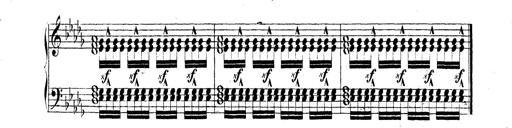
Title: Technische Studien
Composer: Franz Liszt